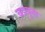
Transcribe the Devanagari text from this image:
वडचुना